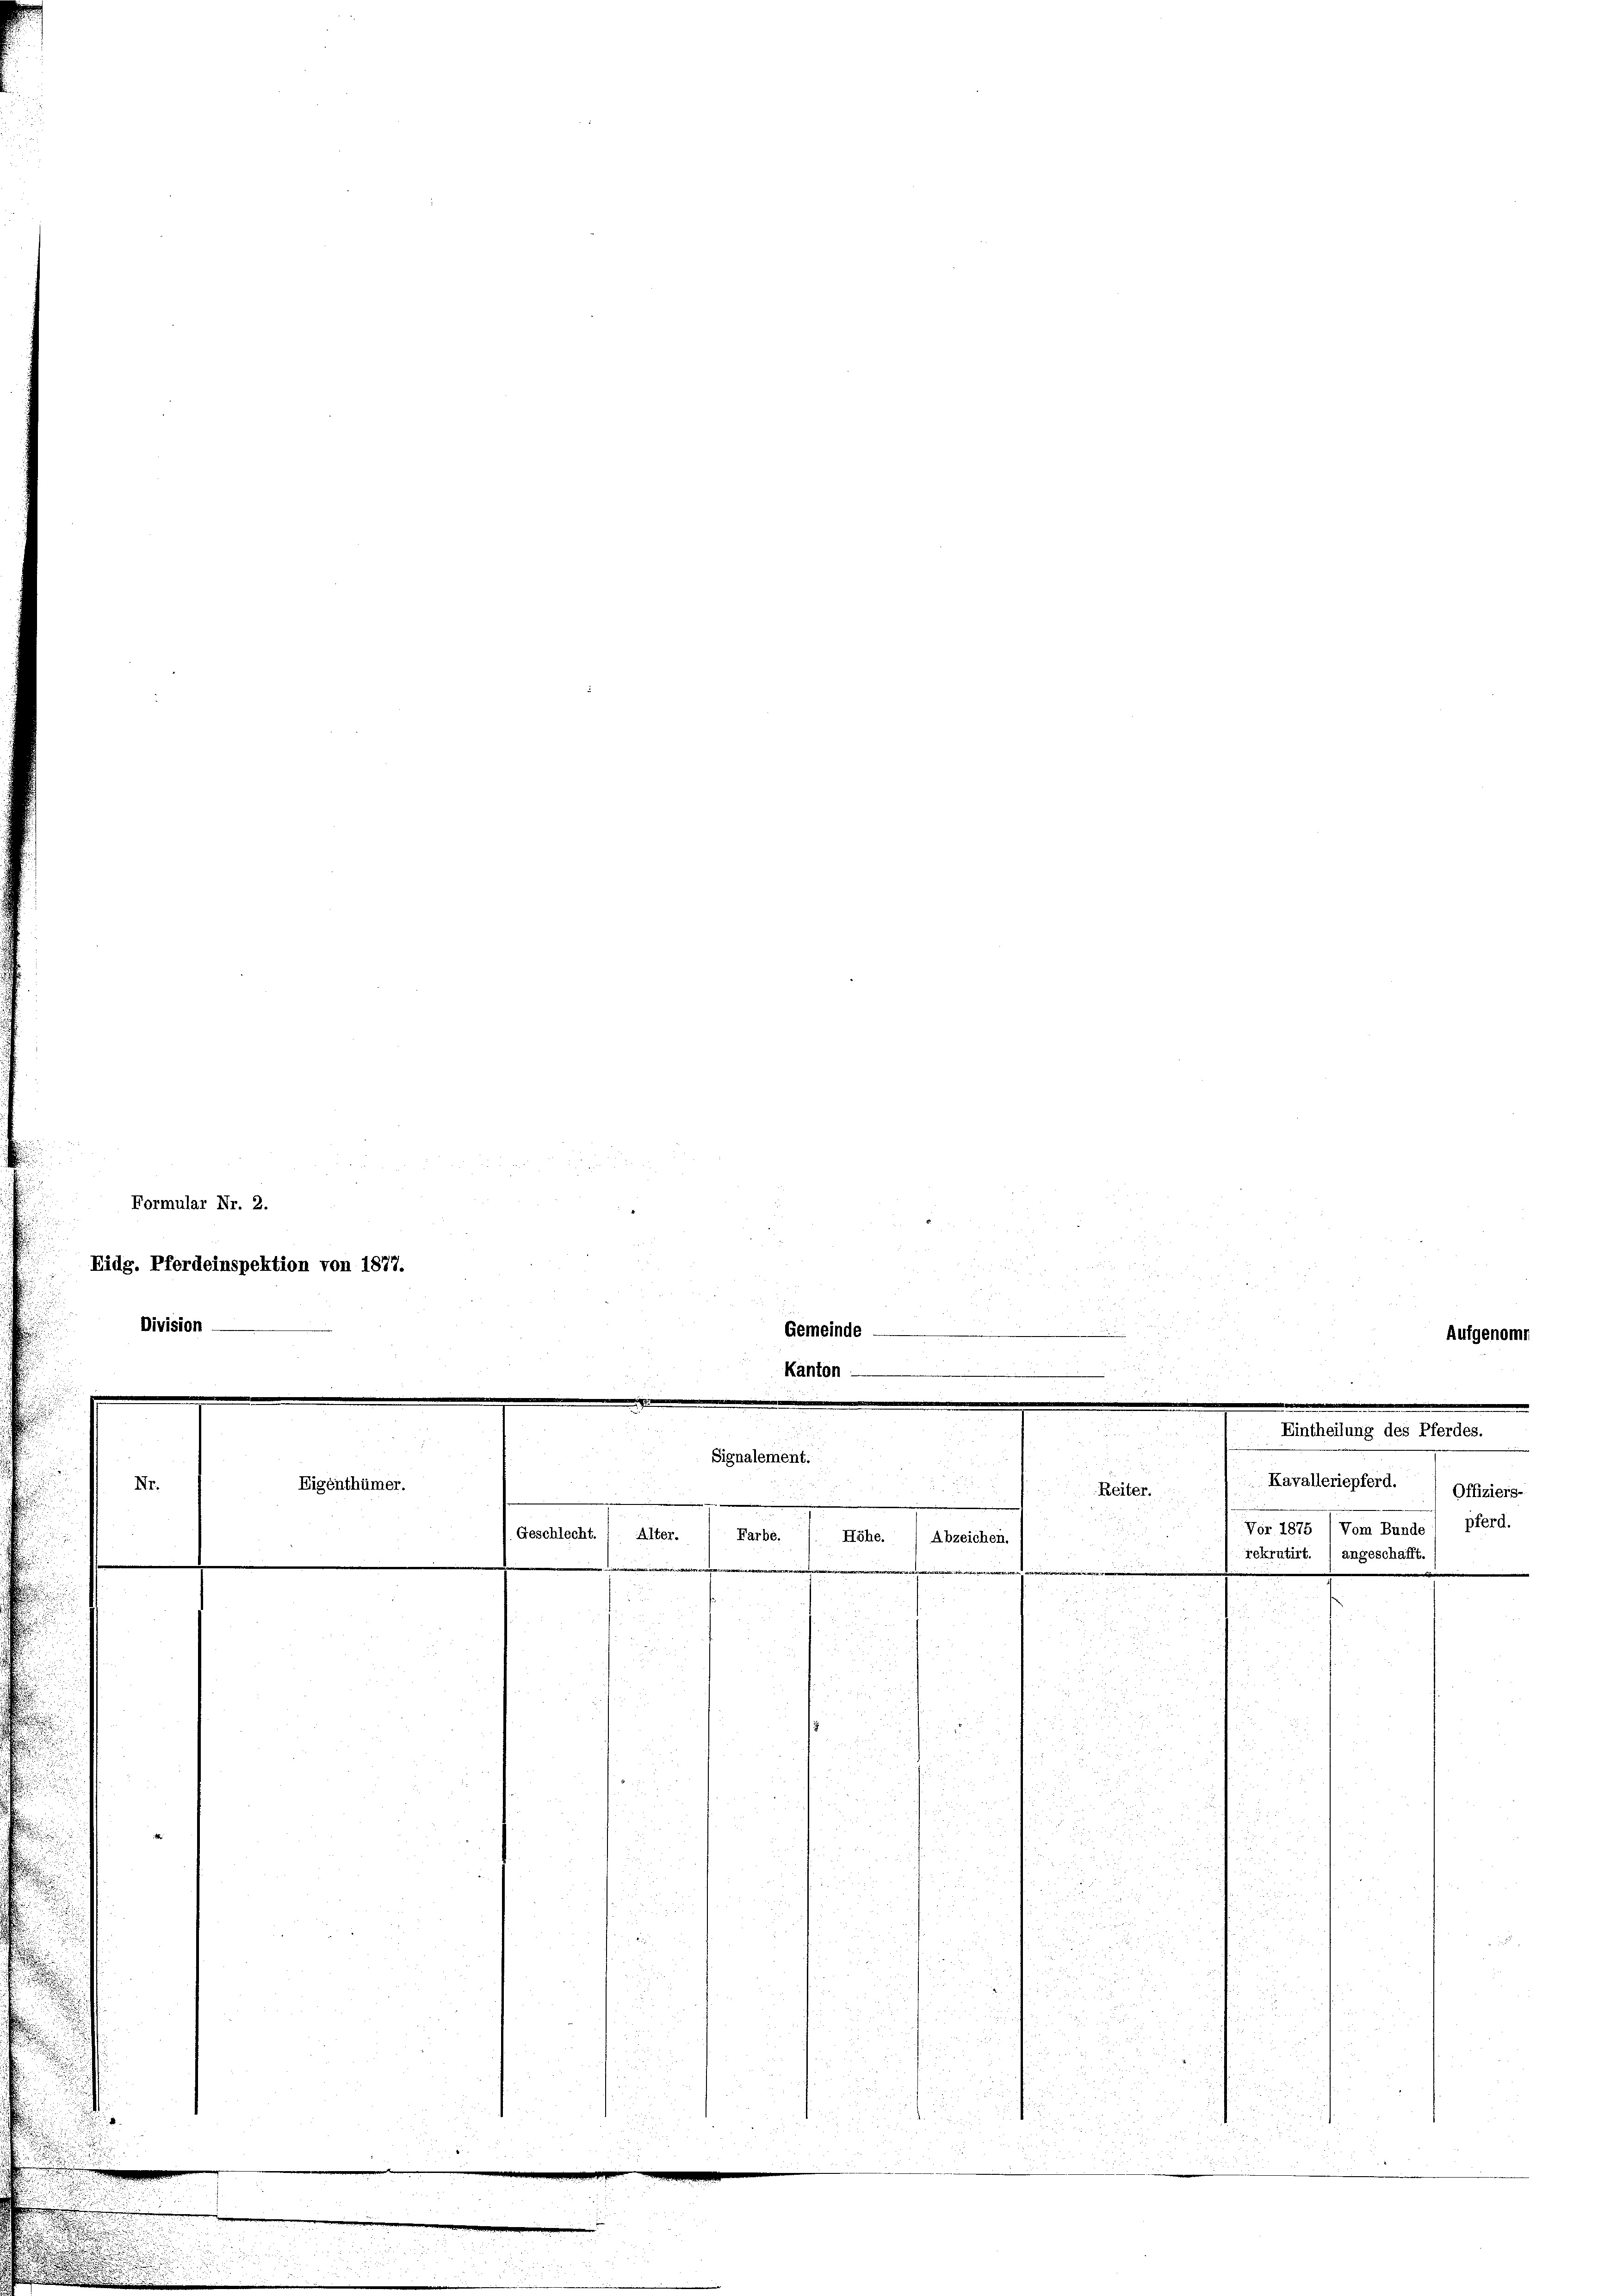
Formular Nr. 2.
Division —

Nr.

Eidg. Pferdeinspektion von 1877.

.
.

Eigenthümer.
e

6
1

inde

Signalement.
¬
Geschlecht. ( Alter.
Farbe.

Ache. Abzeichen
r

Eintheilung des P
u
Kavalleriepferd.
Reiter....
Vor 1875

Aufgenomm

Offiziers-
pferd.
Vom Bunde
rekrutirt. ) angeschafft.